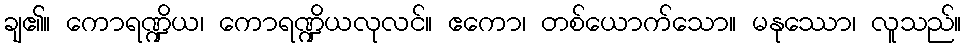
ချ၏။ ကောရဏ္ဍိယ၊ ကောရဏ္ဍိယလုလင်။ ဧကော၊ တစ်ယောက်သော။ မနုဿော၊ လူသည်။